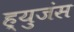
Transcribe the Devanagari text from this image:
ह्युजंस